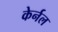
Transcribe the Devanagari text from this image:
केर्नल